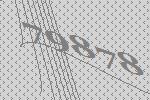
79878